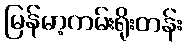
မြန်မာ့ကမ်းရိုးတန်း